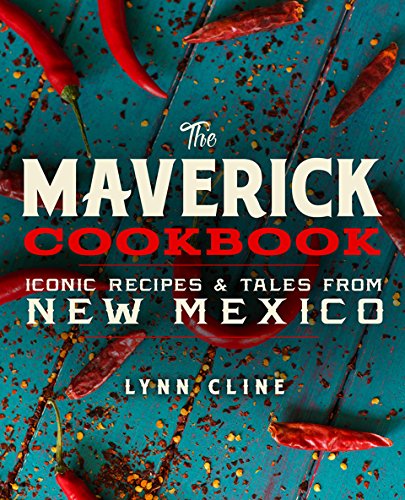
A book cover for The Maverick Cookbook: Iconic Recipes & Tales from New Mexico; Lynn Cline; Cookbooks, Food & Wine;